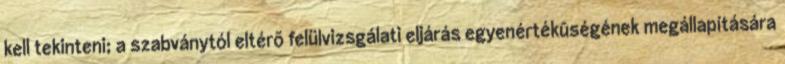
kell tekinteni; a szabványtól eltérõ felülvizsgálati eljárás egyenértékûségének megállapítására